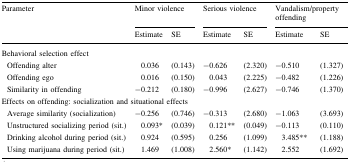
<table><thead><tr><td rowspan="2"><b>Parameter</b></td><td colspan="2"><b>Minor violence</b></td><td colspan="2"><b>Serious violence</b></td><td colspan="2"><b>Vandalism/property offending</b></td></tr><tr><td><b>Estimate</b></td><td><b>SE</b></td><td><b>Estimate</b></td><td><b>SE</b></td><td><b>Estimate</b></td><td><b>SE</b></td></tr></thead><tbody><tr><td colspan="7">Behavioral selection effect</td></tr><tr><td> Offending alter</td><td>0.036</td><td>(0.143)</td><td>−0.626</td><td>(2.320)</td><td>−0.510</td><td>(1.327)</td></tr><tr><td> Offending ego</td><td>0.016</td><td>(0.150)</td><td>0.043</td><td>(2.225)</td><td>−0.482</td><td>(1.226)</td></tr><tr><td> Similarity in offending</td><td>−0.212</td><td>(0.180)</td><td>−0.996</td><td>(2.627)</td><td>−0.746</td><td>(1.370)</td></tr><tr><td colspan="7">Effects on offending: socialization and situational effects</td></tr><tr><td> Average similarity (socialization)</td><td>−0.256</td><td>(0.746)</td><td>−0.313</td><td>(2.680)</td><td>−1.063</td><td>(3.693)</td></tr><tr><td> Unstructured socializing period (sit.)</td><td>0.093*</td><td>(0.039)</td><td>0.121**</td><td>(0.049)</td><td>−0.113</td><td>(0.110)</td></tr><tr><td> Drinking alcohol during period (sit.)</td><td>0.924</td><td>(0.595)</td><td>0.256</td><td>(1.099)</td><td>3.485**</td><td>(1.188)</td></tr><tr><td> Using marijuana during period (sit.)</td><td>1.469</td><td>(1.008)</td><td>2.560*</td><td>(1.142)</td><td>2.552</td><td>(1.692)</td></tr></tbody></table>